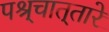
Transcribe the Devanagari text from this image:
पश्र्चात्‌तारे